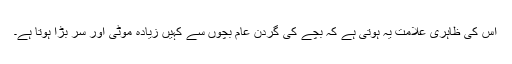
اس کی ظاہری علامت یہ ہوتی ہے کہ بچے کی گردن عام بچوں سے کہیں زیادہ موٹی اور سر بڑا ہوتا ہے۔